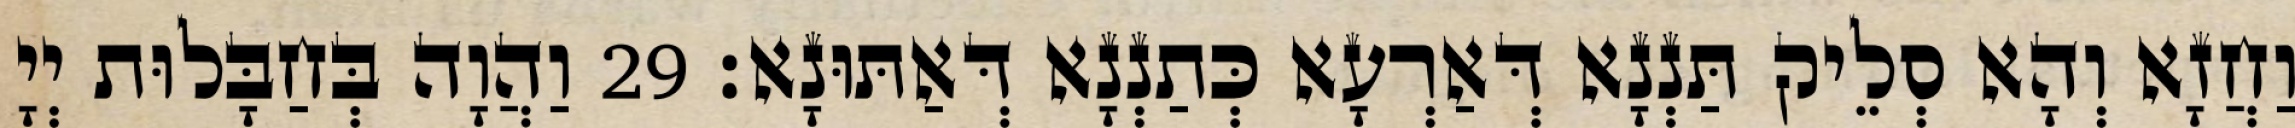
וַחֲזָא וְהָא סְלֵיק תַּנְנָא דְּאַרְעָא כְּתַנְנָא דְּאַתּוּנָא׃ 29 וַהֲוָה בְּחַבָּלוּת יְיָ